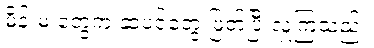
မိန်းမ တွေက ဆံပင်တွေ ဖြတ်ပြီးလှူကြသည်။